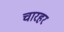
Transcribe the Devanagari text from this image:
चारहर